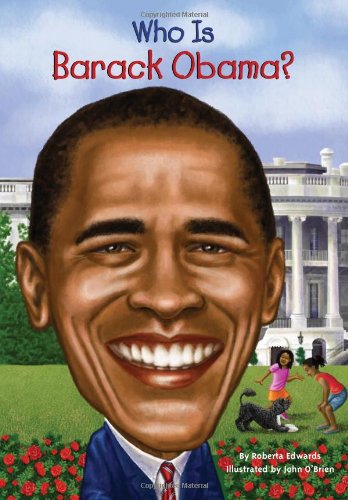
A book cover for Who Is Barack Obama? (Who Was...?); Roberta Edwards; Children's Books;